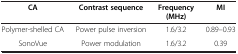
<table><thead><tr><td><b>CA</b></td><td><b>Contrast sequence</b></td><td><b>Frequency (MHz)</b></td><td><b>MI</b></td></tr></thead><tbody><tr><td>Polymer-shelled CA</td><td>Power pulse inversion</td><td>1.6/3.2</td><td>0.89–0.93</td></tr><tr><td>SonoVue</td><td>Power modulation</td><td>1.6/3.2</td><td>0.39</td></tr></tbody></table>